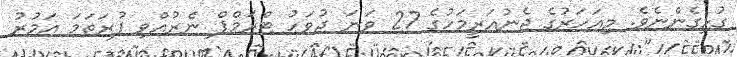
ގުޅިގެންނެވެ. މިއަހަރުގެ ޖެނުއަރީމަހުގެ 27 ވަނަ ދުވަހު ޓްރަމްޕް ނެރުއްވި ފުރަތަމަ އަމުރު